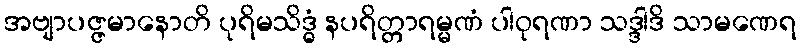
အဗျာပဇ္ဇမာနောတိ ပုရိမသိဒ္ဓံ နပရိတ္တာရမ္မဏံ ပါဝုရဏာ သဒ္ဒါဒိ သာမဏေရ